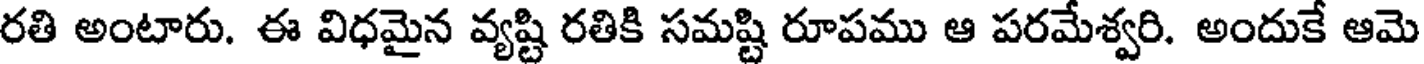
రతి అంటారు. ఈ విధమైన వ్యష్టి రతికి సమష్టి రూపము ఆ పరమేశ్వరి. అందుకే ఆమె